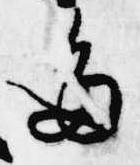
多